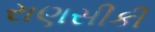
રાણસીકી